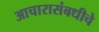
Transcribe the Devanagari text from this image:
आचारासंबधीचे